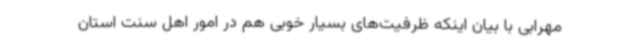
مهرابی با بیان اینکه ظرفیت‌های بسیار خوبی هم در امور اهل سنت استان